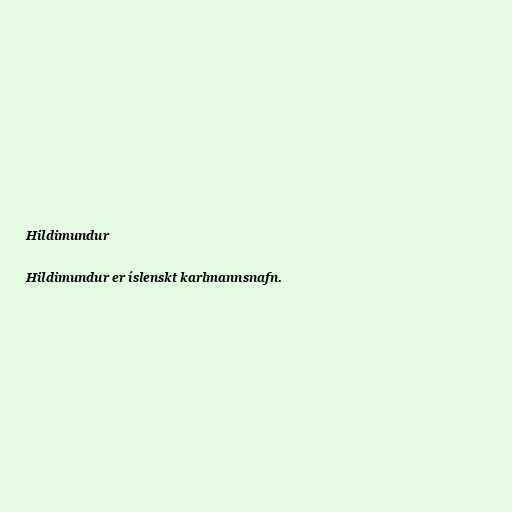
Hildimundur

Hildimundur er íslenskt karlmannsnafn.